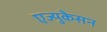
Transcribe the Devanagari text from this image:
एज्युकेसन